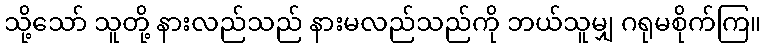
သို့သော် သူတို့ နားလည်သည် နားမလည်သည်ကို ဘယ်သူမျှ ဂရုမစိုက်ကြ။